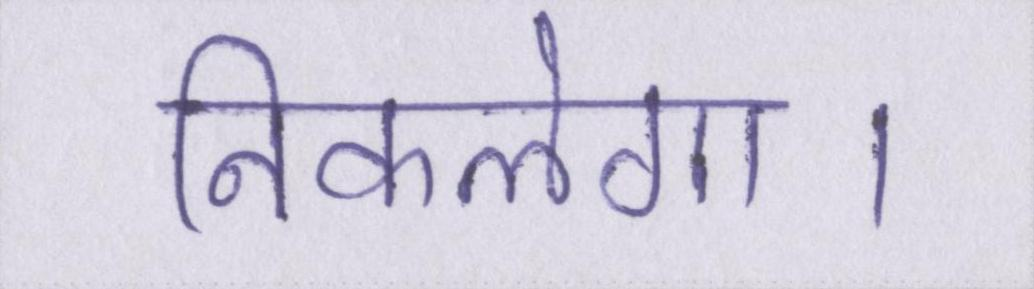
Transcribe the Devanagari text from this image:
निकलेगा।